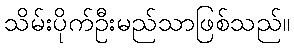
သိမ်းပိုက်ဦးမည်သာဖြစ်သည်။